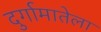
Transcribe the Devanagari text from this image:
दुर्गामातेला